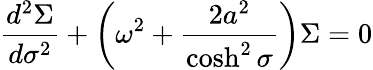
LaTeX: \frac{d^{2}\Sigma}{d\sigma^{2}}+\left({\omega}^{2}+\frac{2a^{2}}{\cosh^{2}\sigma}\right)\Sigma=0